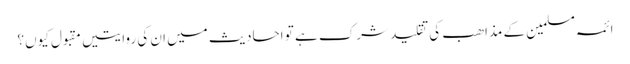
ائمہ مسلمین کے مذاھب کی تقلید شرک ہے تو احادیث میں ان کی روایتیں مقبول کیوں؟